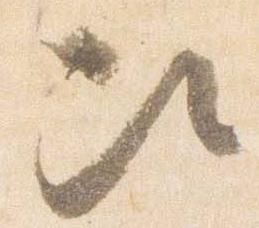
次